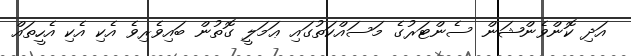
އަދި ކޮންވެންޝަން ސެންޓަރުގެ މަސައްކަތުގައި ޢަމަލީ ގޮތުން ބައިވެރިވެ އެކި އެކި އެހީތައް